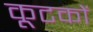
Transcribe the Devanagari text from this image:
कूटकों